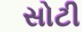
સોટી